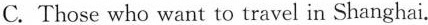
C. Those who want to travel in Shanghai.